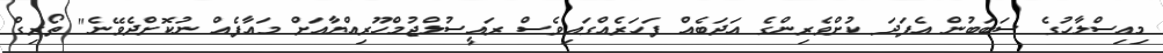
މިއިސްލާހުގެ ސަބަބުން އެފަދަ ކުށްވެރިންގެ އަދަބެއް ފަހަރެއްގައިވެސް ރައީސުލްޖުމްހޫރިއްޔާއަށް މައާފެއް ނުކޮށްދެވޭނެ" ތޯރިގް